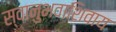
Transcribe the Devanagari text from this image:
स्वानुभवाशिवाय